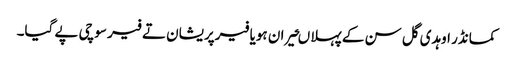
کمانڈر اوہدی گل سن کے پہلا ںحیران ہویا فیرپریشان تے فیر سوچی پے گیا۔